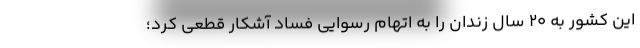
این کشور به ۲۰ سال زندان را به اتهام رسوایی فساد آشکار قطعی کرد؛